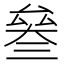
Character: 𠬅